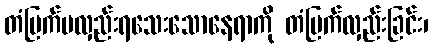
တံမြက်မလှည်းရသေးသောနေရာကို တံမြက်လှည်းခြင်း၊